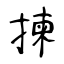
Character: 揀